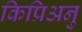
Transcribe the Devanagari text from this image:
किप्रिअनु